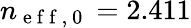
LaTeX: n_{\mathrm{~e~f~f~,~0~}}=2.411